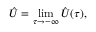
\hat { U } = \operatorname * { l i m } _ { \tau \to - \infty } \hat { U } ( \tau ) ,